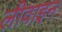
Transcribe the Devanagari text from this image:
लीवाइन